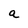
Character: a